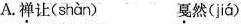
A.\underset{·}{禅}让( shàn ) \underset{·}{戛}然( jiá )